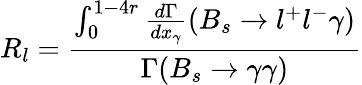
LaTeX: R_{l}=\frac{\int_{0}^{1-4r}\frac{d\Gamma}{dx_{\gamma}}(B_{s}\to l^{+}l^{-}\gamma)}{\Gamma(B_{s}\to\gamma\gamma)}